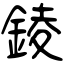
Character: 錂